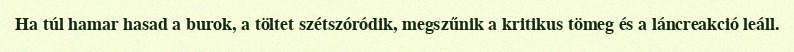
Ha túl hamar hasad a burok, a töltet szétszóródik, megszűnik a kritikus tömeg és a láncreakció leáll.